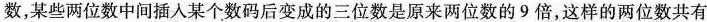
数，某些两位数中间插入某个数码后变成的三位数是原来两位数的9倍，这样的两位数共有